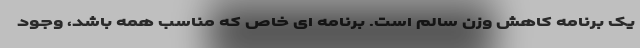
یک برنامه کاهش وزن سالم است. برنامه ای خاص که مناسب همه باشد، وجود